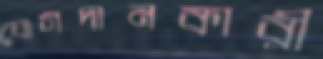
যোগদানকারী